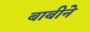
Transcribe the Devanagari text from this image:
बाबीने